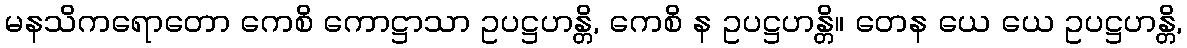
မနသိကရောတော ကေစိ ကောဋ္ဌာသာ ဥပဋ္ဌဟန္တိ, ကေစိ န ဥပဋ္ဌဟန္တိ။ တေန ယေ ယေ ဥပဋ္ဌဟန္တိ,